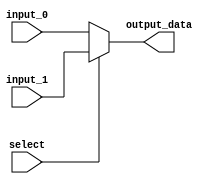
`timescale 1ns / 1ps
//////////////////////////////////////////////////////////////////////////////////
// Company: 
// Engineer: 
// 
// Design Name: 
// Module Name: mux_2_1_5bit
// Project Name: 
// Target Devices: 
// Tool Versions: 
// Description: 
// 
// Dependencies: 
// 
// Revision:
// Revision 0.01 - File Created
// Additional Comments:
// 
//////////////////////////////////////////////////////////////////////////////////

    
module mux_2_1_5bit(input_0, input_1, select ,output_data);
input [4:0] input_0, input_1;
input select;
output [4:0] output_data;

assign output_data = (select)? input_1:input_0 ;
endmodule